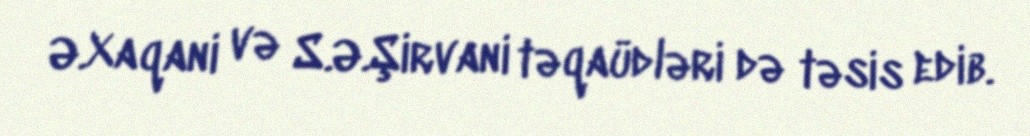
Ə.Xaqani və S.Ə.Şirvani təqaüdləri də təsis edib.